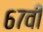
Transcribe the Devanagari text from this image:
६७वी